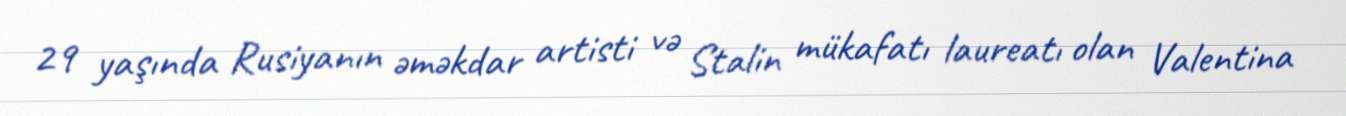
29 yaşında Rusiyanın əməkdar artisti və Stalin mükafatı laureatı olan Valentina